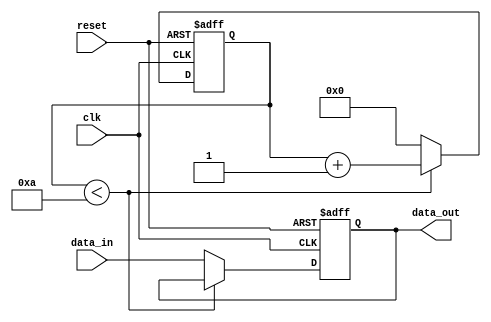
module rc_delay (
    input wire clk,
    input wire reset,
    input wire data_in,
    output reg data_out
);

parameter DELAY = 10; // Delay in time units

reg [31:0] counter;

always @(posedge clk or posedge reset) begin
    if (reset) begin
        counter <= 0;
        data_out <= 0;
    end else if (counter < DELAY) begin
        counter <= counter + 1;
    end else begin
        counter <= 0;
        data_out <= data_in;
    end
end

endmodule